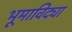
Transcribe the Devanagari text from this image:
भूमाविद्या